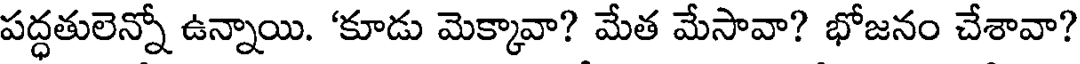
పద్ధతులెన్నో ఉన్నాయి. 'కూడు మెక్కావా? మేత మేసావా? భోజనం చేశావా?